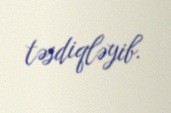
təsdiqləyib.